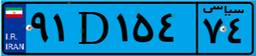
۶۰D۶۵۸۴۲